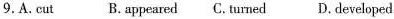
9.A. cut B.appeared C. turned D. developed